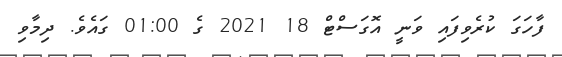
ފާހަގަ ކުރެވިފައި ވަނީ އޮގަސްޓް 18 2021 ގެ 01:00 ގައެވެ. ދިމާވި